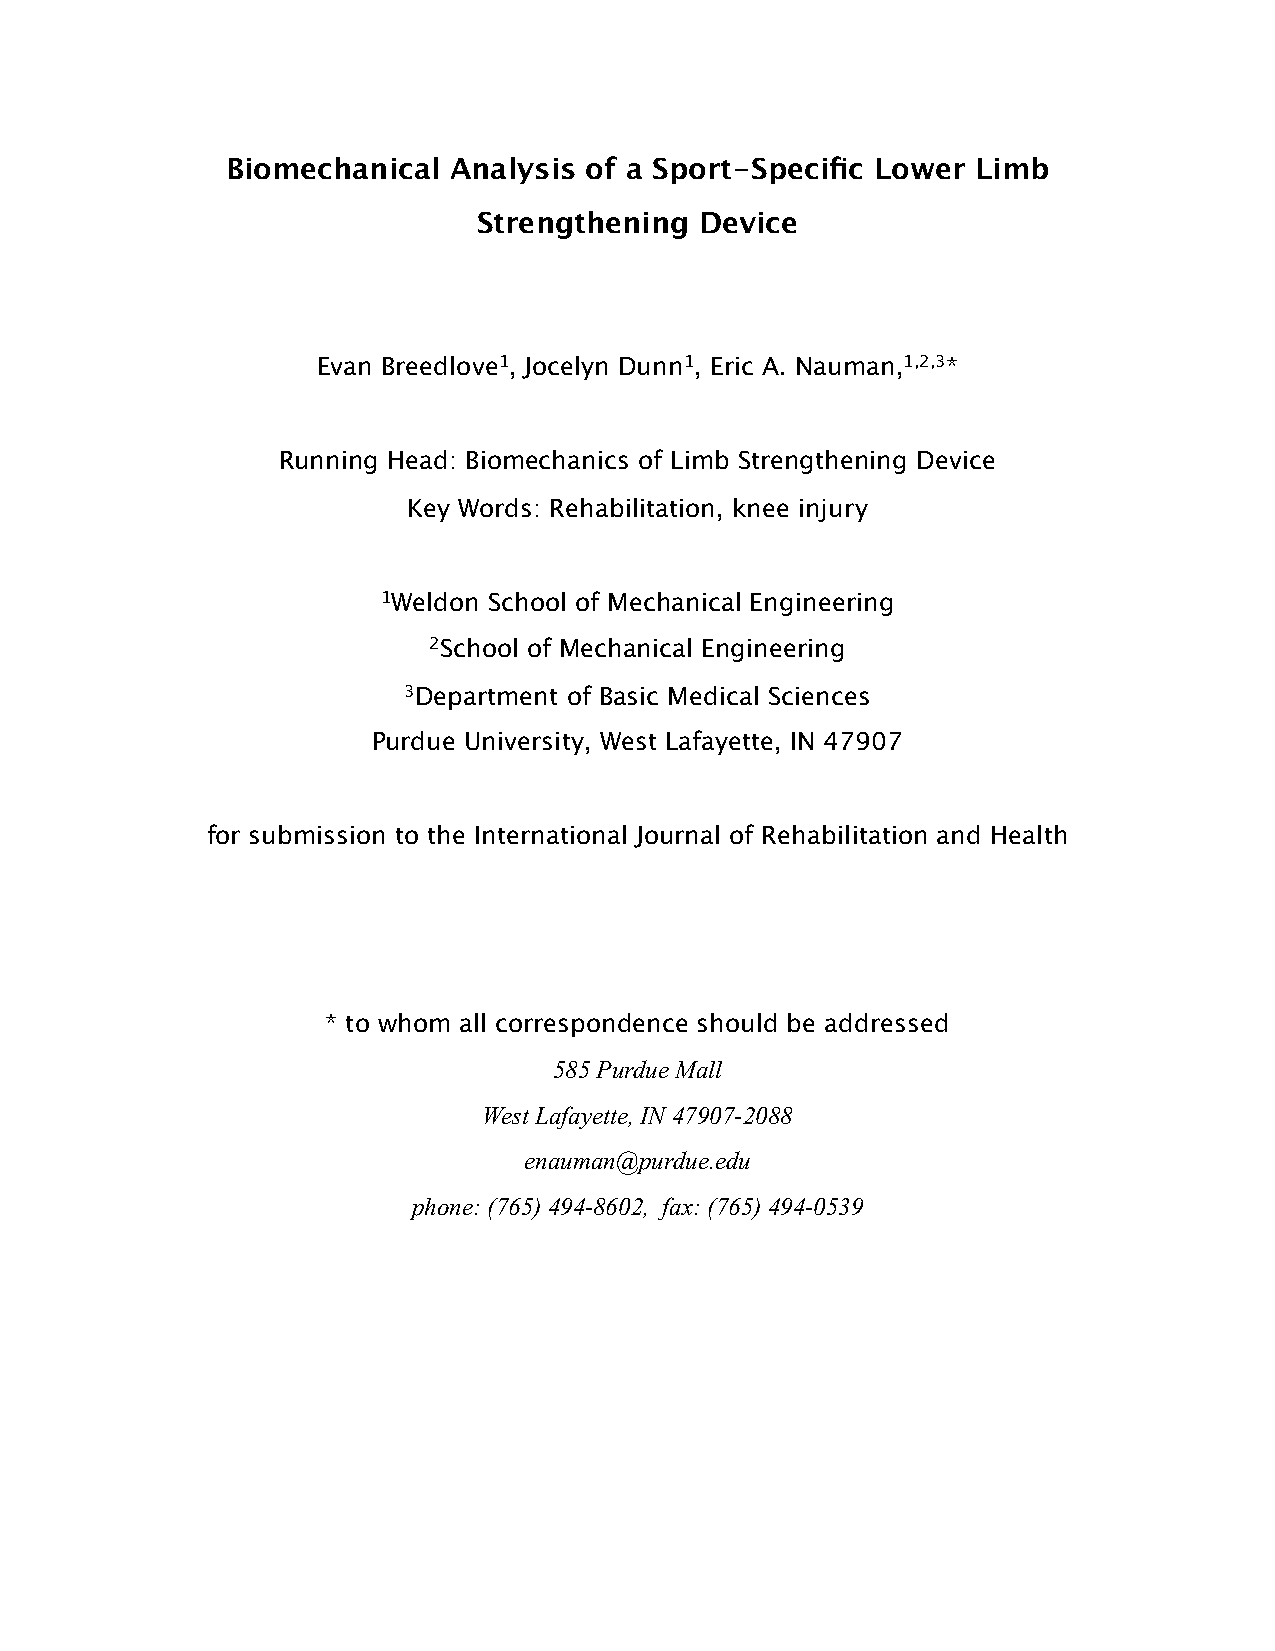
Biomechanical  Analysis of a Sport-Specific Lower Limb
 Strengthening Device
 Evan Breedlove1, Jocelyn Dunn1, Eric A. Nauman,1,2,3*
 Running Head: Biomechanics of Limb Strengthening Device
 Key Words: Rehabilitation, knee injury
 1Weldon School of Mechanical Engineering
 2School of Mechanical Engineering
 3Department of Basic Medical Sciences
 Purdue University, West Lafayette, IN 47907
 for submission to the International Journal of Rehabilitation and Health
 * to whom all correspondence should be addressed
 585 Purdue Mall
 West Lafayette, IN 47907-2088
 enauman@purdue.edu
 phone: (765) 494-8602, fax: (765) 494-0539